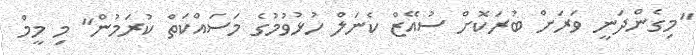
"މިގެންދަނީ ވަރަށް ބުރަކޮށް ސުއޭޒް ކެނަލް ހުޅުވުމުގެ މަސައްކަތް ކުރަމުން" މި މީމް